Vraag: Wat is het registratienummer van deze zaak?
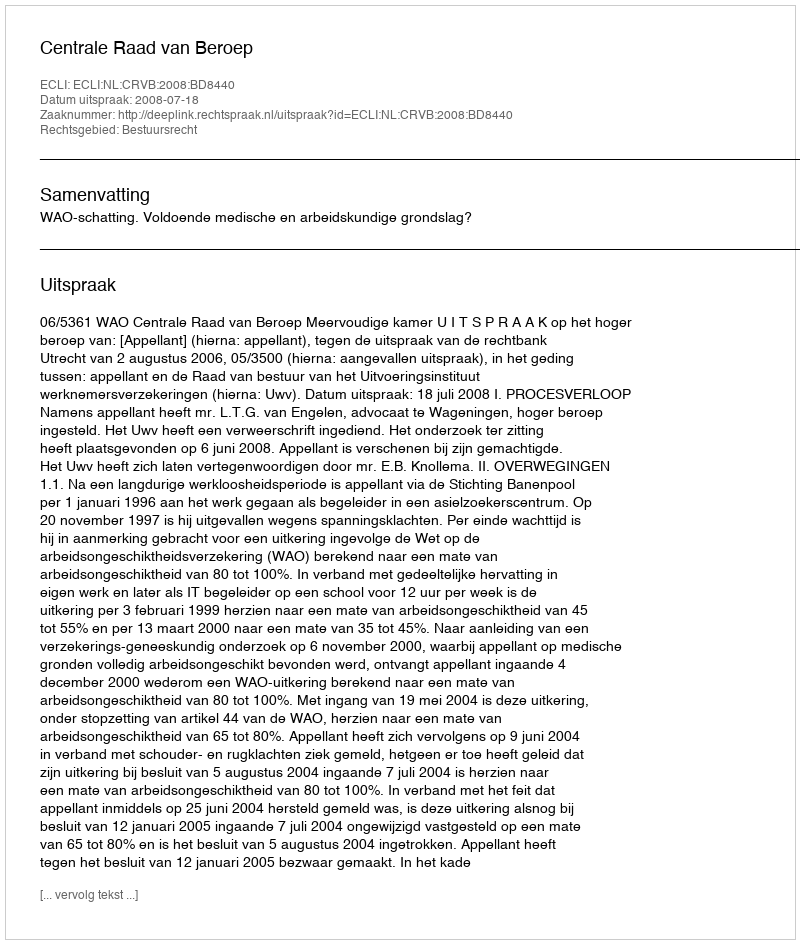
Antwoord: http://deeplink.rechtspraak.nl/uitspraak?id=ECLI:NL:CRVB:2008:BD8440